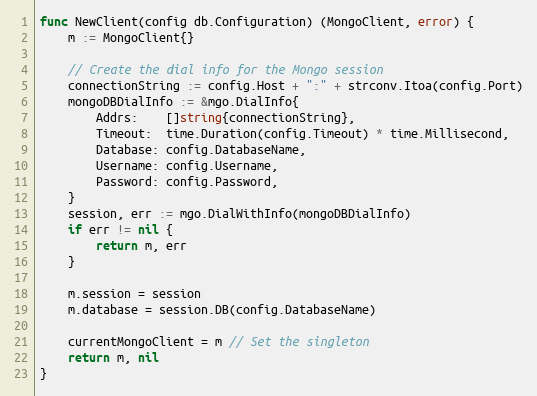
Language: Go
func NewClient(config db.Configuration) (MongoClient, error) {
	m := MongoClient{}

	// Create the dial info for the Mongo session
	connectionString := config.Host + ":" + strconv.Itoa(config.Port)
	mongoDBDialInfo := &mgo.DialInfo{
		Addrs:    []string{connectionString},
		Timeout:  time.Duration(config.Timeout) * time.Millisecond,
		Database: config.DatabaseName,
		Username: config.Username,
		Password: config.Password,
	}
	session, err := mgo.DialWithInfo(mongoDBDialInfo)
	if err != nil {
		return m, err
	}

	m.session = session
	m.database = session.DB(config.DatabaseName)

	currentMongoClient = m // Set the singleton
	return m, nil
}